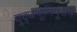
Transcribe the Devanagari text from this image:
युद्धभूमिपूजन